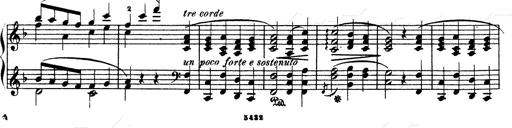
Title: Ave Maria d' Arcadelt
Composer: Franz Liszt